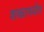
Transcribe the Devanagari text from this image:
शकापर्यंत